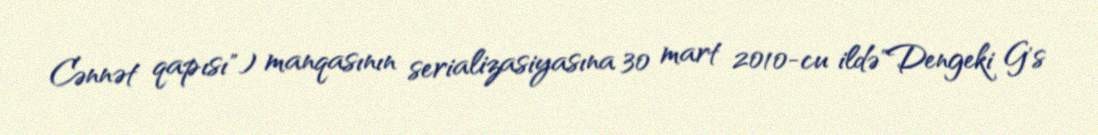
Cənnət qapısı") manqasının serializasiyasına 30 mart 2010-cu ildə"Dengeki G's